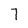
Character: 7